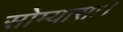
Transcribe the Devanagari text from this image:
सोम्यासः।